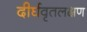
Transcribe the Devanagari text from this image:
दीर्घवृतलक्षण